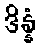
ဒိန္နံ